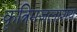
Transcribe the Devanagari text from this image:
कृत्रिमजलाशय